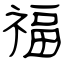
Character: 福